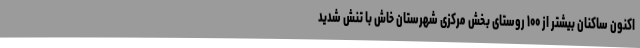
اکنون ساکنان بیشتر از ۱۰۰ روستای بخش مرکزی شهرستان خاش با تنش شدید